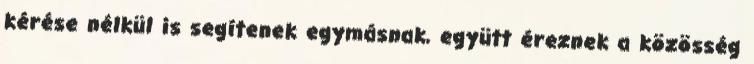
kérése nélkül is segítenek egymásnak, együtt éreznek a közösség